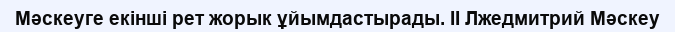
Мәскеуге екінші рет жорык ұйымдастырады. II Лжедмитрий Мәскеу